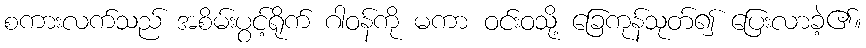
စကားလက်သည် အစိမ်းပွင့်ရိုက် ဂါဝန်ကို မကာ ဝင်းဝသို့ ခြေကုန်သုတ်၍ ပြေးလာခဲ့၏။